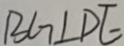
B G \bot D E